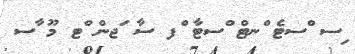
ިސ ްސޓެ ްނޓް ްސޓާ ްފ ސާ ަޖން ްޓ މޫ ާސ